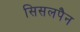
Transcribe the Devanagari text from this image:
सिसलपैन